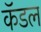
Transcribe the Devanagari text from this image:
कॅडल